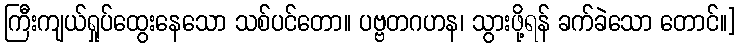
ကြီးကျယ်ရှုပ်ထွေးနေသော သစ်ပင်တော။ ပဗ္ဗတဂဟန၊ သွားဖို့ရန် ခက်ခဲသော တောင်။]